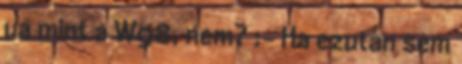
ua mint a W98, nem? :- Ha ezutan sem